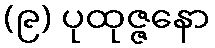
(၉) ပုထုဇ္ဇနော